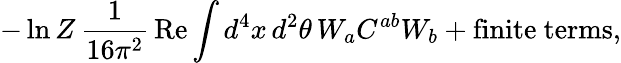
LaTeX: -\ln Z\, \frac{1}{16\pi^{2}}\, \mathrm{Re}\int d^{4}x\, d^{2}\theta\, W_{a}C^{ab}W_{b}+\mathrm{finite~terms},